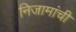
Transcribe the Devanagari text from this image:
निजामांची